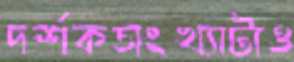
দর্শকসংখ্যাটাও